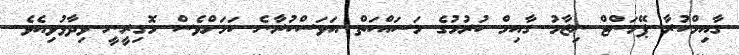
ގާއިމްކުރާ ޕޭމަންޓް ނިޒާމު ގާއިމް ކުރުމުގެ މަސައްކަތް އަވަސްކުރާނެ ކަމަށްވެސް މޮގިރީނީ ވިދާޅުވިއެވެ.